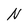
Character: N